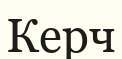
Керч